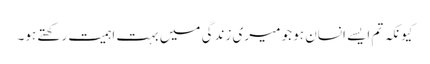
کیونکہ تم ایسے انسان ہو جو میری زندگی میں بہت اہمیت رکھتے ہو۔